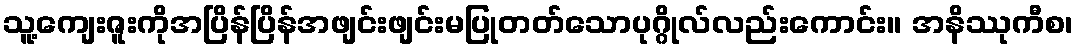
သူ့ကျေးဇူးကိုအပြိန်ပြိန်အဖျင်းဖျင်းမပြုတတ်သောပုဂ္ဂိုလ်လည်းကောင်း။ အနိဿုကီစ၊